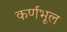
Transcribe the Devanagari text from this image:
कर्णभूल